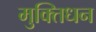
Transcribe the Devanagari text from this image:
मुक्तिधन